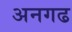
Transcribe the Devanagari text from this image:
अनगढ